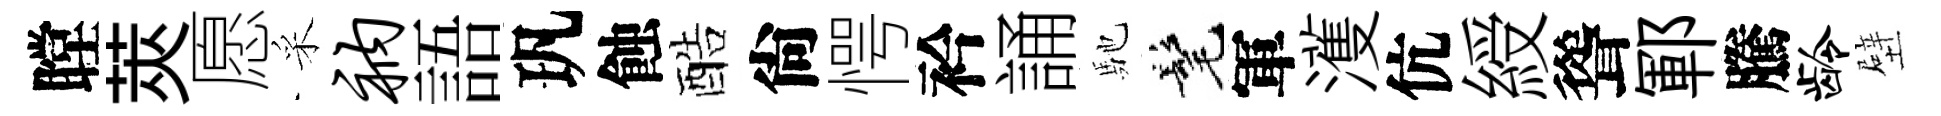
瞠莢愿采衲語㺬蝕酷尙愕衿誦馳髦軍濩伉綬聳鄆騰龄壁